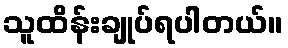
သူထိန်းချုပ်ရပါတယ်။